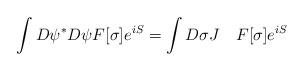
LaTeX: \begin{align*}\int D\psi^{*}D\psi F[\sigma ]e^{iS}=\int D\sigma J \quad F[\sigma ] e^{iS}\end{align*}